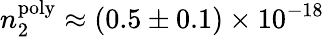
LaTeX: n_{2}^{\mathrm{poly}}\approx(0.5\pm 0.1)\times 10^{-18}